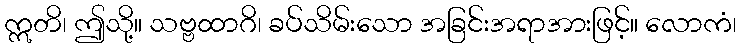
ဣတိ၊ ဤသို့။ သဗ္ဗထာဂိ၊ ခပ်သိမ်းသော အခြင်းအရာအားဖြင့်။ လောကံ၊